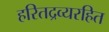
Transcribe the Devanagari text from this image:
हरितद्रव्यरहित